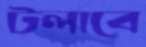
টলাবে